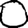
Digit: 0